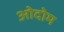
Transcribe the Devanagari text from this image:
ओदोम